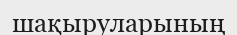
шақыруларының